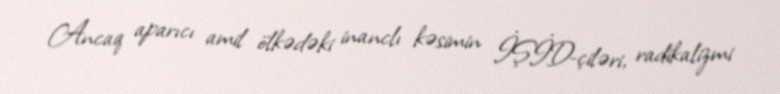
Ancaq aparıcı amil ölkədəki inanclı kəsimin İŞİD-çiləri, radikalizmi